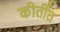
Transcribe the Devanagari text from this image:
कीर्तीत